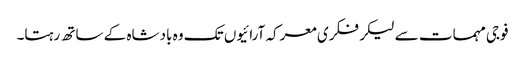
فوجی مہمات سے لیکر فکری معرکہ آرائیوں تک وہ بادشاہ کے ساتھ رہتا۔